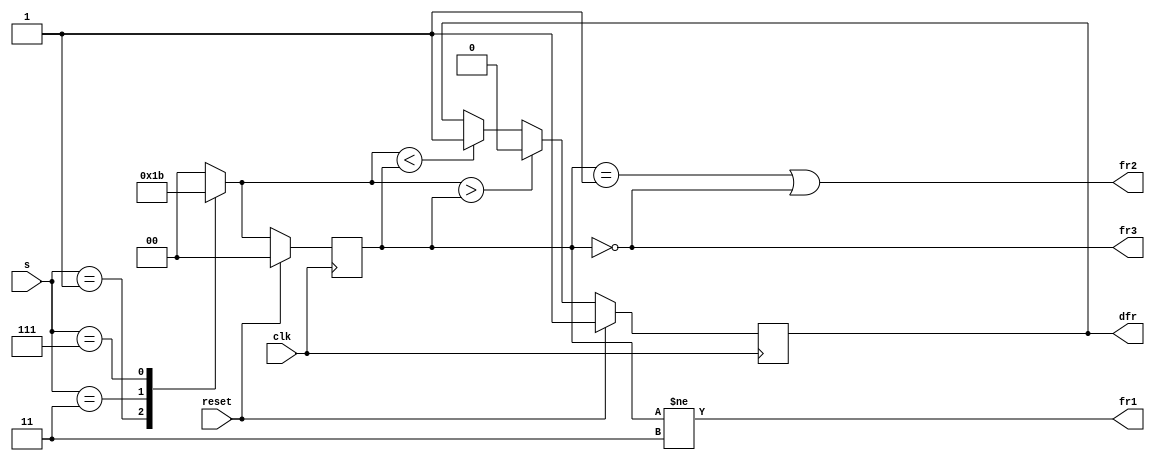
module top_module (
    input clk,
    input reset,
    input [3:1] s,
    output fr3,
    output fr2,
    output fr1,
    output dfr
); 
    reg [1:0] state, next_state;
    
    parameter A=2'b00,B=2'b01,C=2'b10,D=2'b11; 
    
    always@(*) begin
        next_state = A;
        case(s)
            3'b000: next_state = A;
            3'b001: next_state = B;
            3'b011: next_state = C;
            3'b111: next_state = D;
            default: next_state = A;
        endcase
    end
    
    always@(posedge clk) begin
        if(reset)
            state <= A;
        else
            state <= next_state;
    end
    
    always@(posedge clk) begin
        if(reset)
            dfr <= 1;
    	else
            if(next_state > state)
                dfr <= 0;
            else if(next_state < state)
                dfr <= 1;
    end
    
    
    assign fr3 = (state == A);
    assign fr2 = (state == B) | fr3;
    assign fr1 = (state != D);
    

endmodule